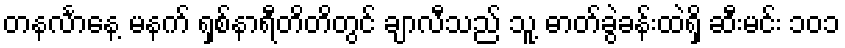
တနင်္လာနေ့ မနက် ရှစ်နာရီတိတိတွင် ချာလီသည် သူ့ ဓာတ်ခွဲခန်းထဲရှိ ဆီးမင်း ၁၀၁